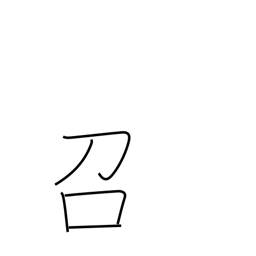
Meaning: eat